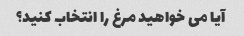
آیا می خواهید مرغ را انتخاب کنید؟